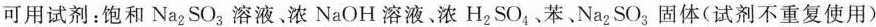
可用试剂：饱和Na_{2}SO_{3}溶液、浓NaOH溶液，浓H_{2}SO_{4}、苯、Na_{2}SO_{3}固体(试剂不重复使用)